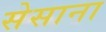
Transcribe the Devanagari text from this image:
सेसाना